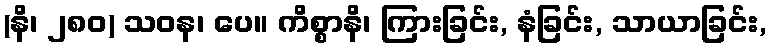
(နိ၊ ၂၈၀) သဝန၊ ပေ။ ကိစ္စာနိ၊ ကြားခြင်း, နံခြင်း, သာယာခြင်း,